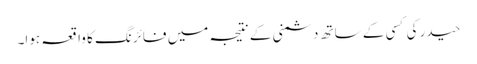
حیدر کی کسی کے ساتھ دشمنی کے نتیجہ میں فائرنگ کا واقعہ ہوا۔